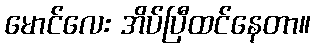
မောင်လေး အိပ်ပြီထင်နေတာ။